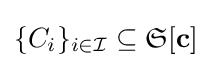
\{C_{i}\}_{i\in {\mathcal {I}}}\subseteq {\mathfrak {S}}[\mathbf {c} ]